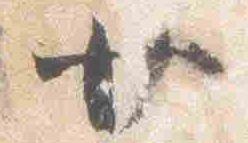
廿